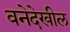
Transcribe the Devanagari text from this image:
वनेदेखील